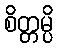
စိတ္တမ္ပိ